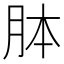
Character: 𦚄